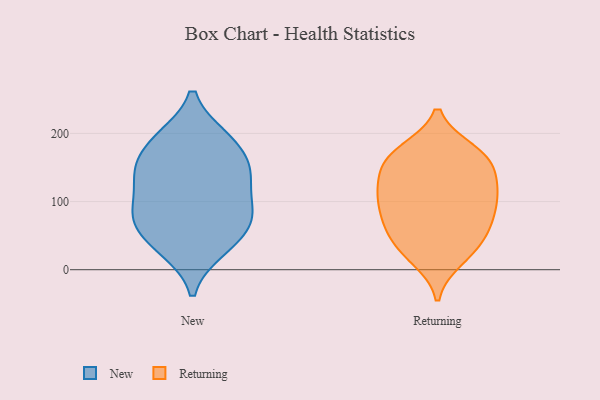
{"axis": {"x": "Shipments", "y": "Value"}, "legend": ["New", "Returning"], "data": [{"x": "", "y": 78, "type": "New"}, {"x": "", "y": 141, "type": "New"}, {"x": "", "y": 30, "type": "New"}, {"x": "", "y": 138, "type": "New"}, {"x": "", "y": 45, "type": "New"}, {"x": "", "y": 85, "type": "New"}, {"x": "", "y": 193, "type": "New"}, {"x": "", "y": 147, "type": "New"}, {"x": "", "y": 189, "type": "New"}, {"x": "", "y": 84, "type": "New"}, {"x": "", "y": 60, "type": "Returning"}, {"x": "", "y": 174, "type": "Returning"}, {"x": "", "y": 53, "type": "Returning"}, {"x": "", "y": 105, "type": "Returning"}, {"x": "", "y": 74, "type": "Returning"}, {"x": "", "y": 169, "type": "Returning"}, {"x": "", "y": 163, "type": "Returning"}, {"x": "", "y": 64, "type": "Returning"}, {"x": "", "y": 28, "type": "Returning"}, {"x": "", "y": 120, "type": "Returning"}, {"x": "", "y": 16, "type": "Returning"}, {"x": "", "y": 123, "type": "Returning"}, {"x": "", "y": 116, "type": "Returning"}, {"x": "", "y": 99, "type": "Returning"}, {"x": "", "y": 168, "type": "Returning"}, {"x": "", "y": 27, "type": "Returning"}, {"x": "", "y": 160, "type": "Returning"}, {"x": "", "y": 139, "type": "Returning"}, {"x": "", "y": 88, "type": "Returning"}]}